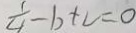
\frac { 1 } { 4 } - b + c = 0